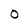
Character: O